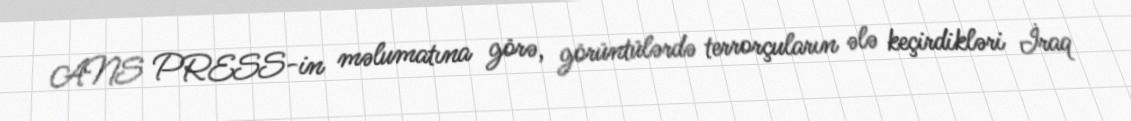
ANS PRESS-in məlumatına görə, görüntülərdə terrorçuların ələ keçirdikləri İraq